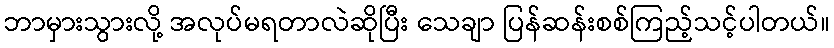
ဘာမှားသွားလို့ အလုပ်မရတာလဲဆိုပြီး သေချာ ပြန်ဆန်းစစ်ကြည့်သင့်ပါတယ်။